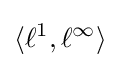
\langle \ell ^{1},\ell ^{\infty }\rangle